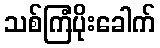
သစ်ကြံပိုးခေါက်